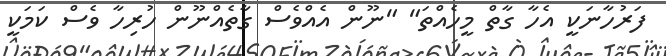
ފަރުހާނަކީ އެހާ ގާތް މީހެއްތަ" "ނޫން އެއްވެސް ގާތެއްނޫން ހުރިހާ ވެސް ކަމަކީ